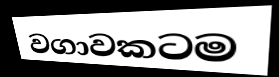
වගාවකටම